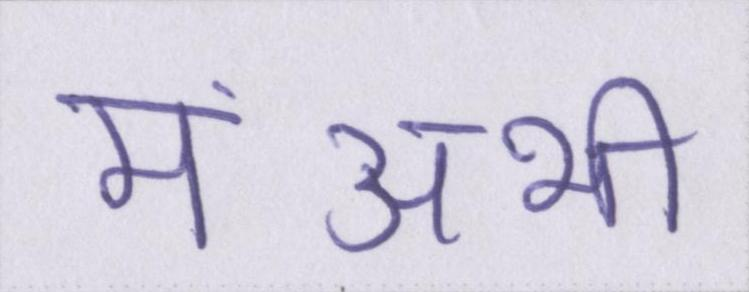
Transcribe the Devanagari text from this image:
मंअभी